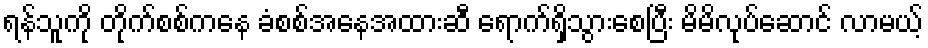
ရန်သူကို တိုက်စစ်ကနေ ခံစစ်အနေအထားဆီ ရောက်ရှိသွားစေပြီး မိမိလုပ်ဆောင် လာမယ့်